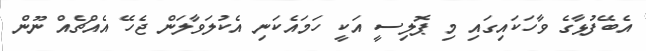
އެބޭފުޅާގެ ވާހަކައިގައި މި ޕޮލިސީ އަކީ ހަމައެކަނި އެކުލަވާލަން ޖެހޭ އެއްޗެއް ނޫން